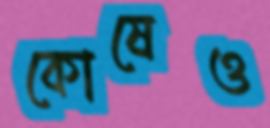
কোষেও